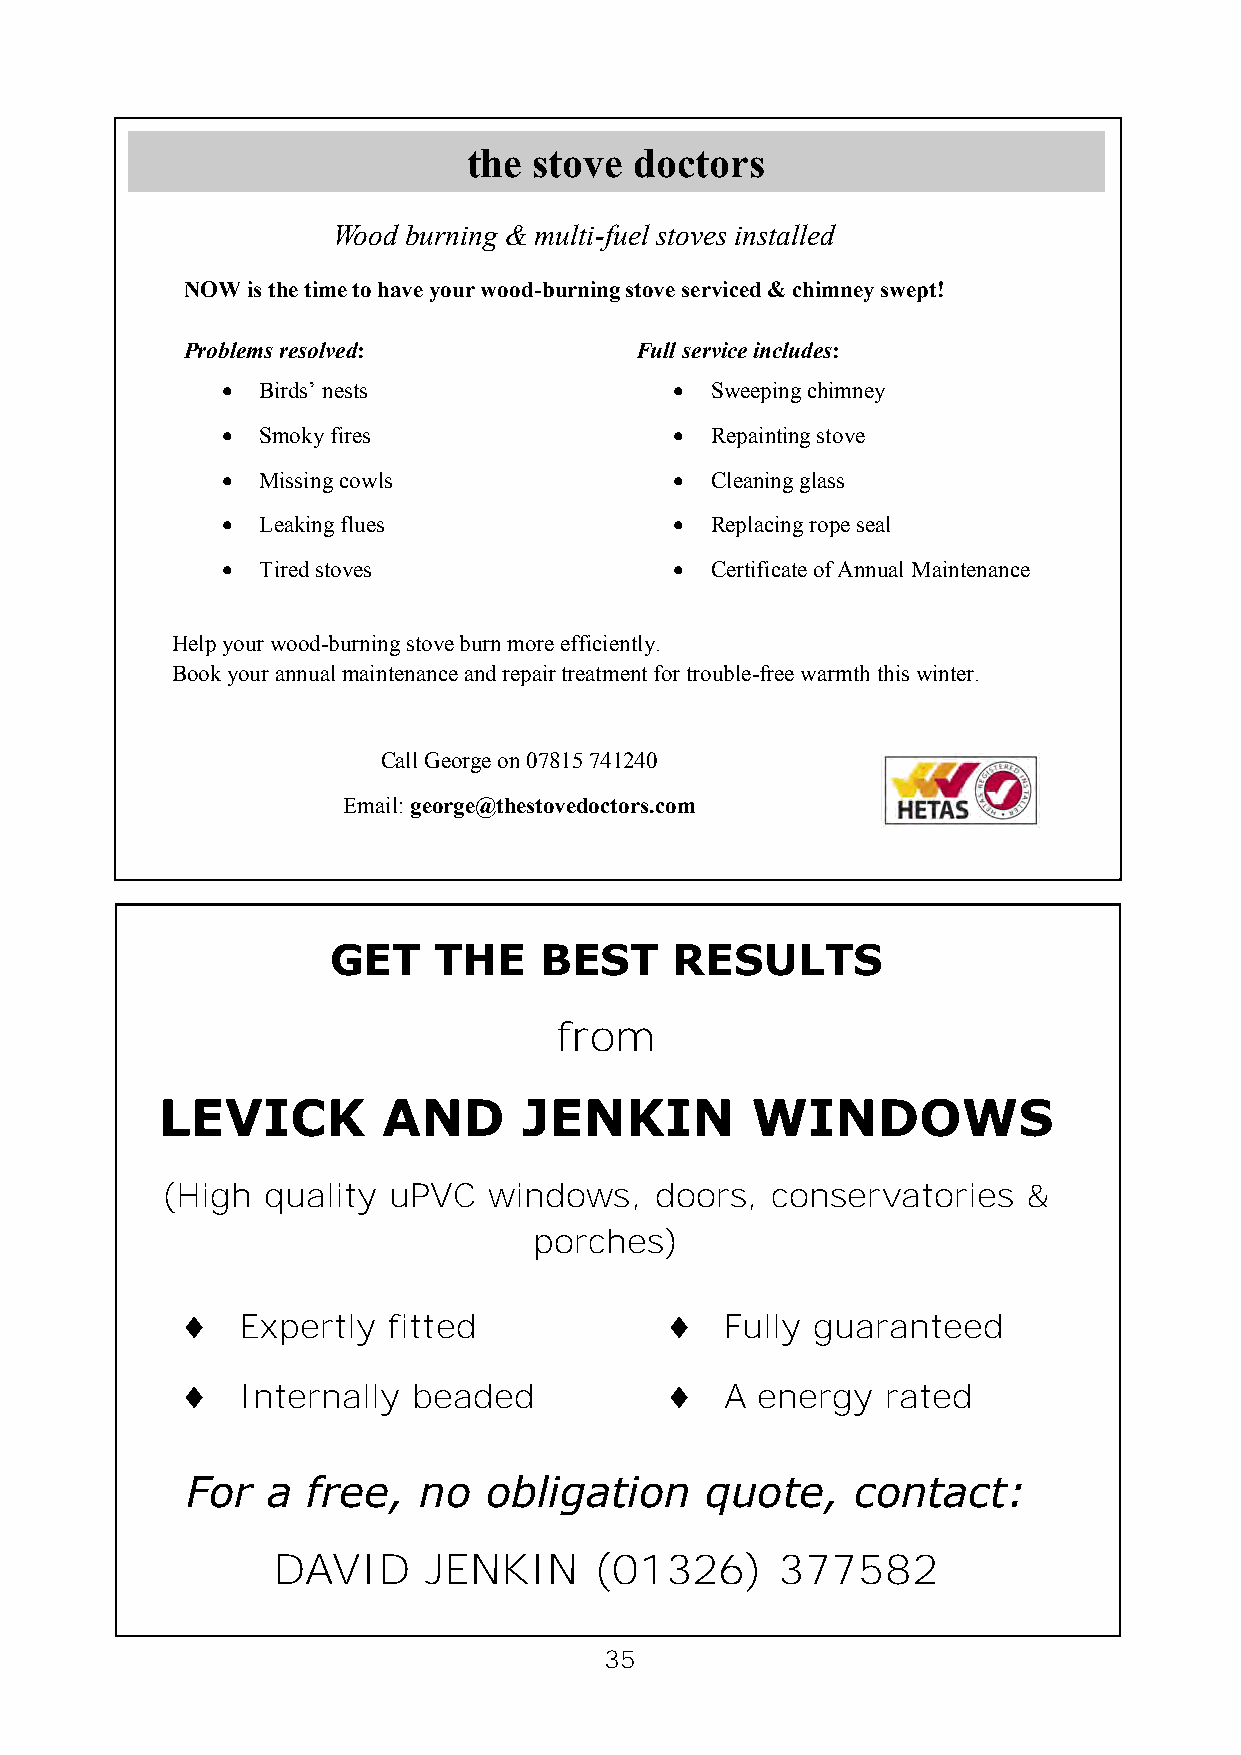
the stove  doctors
 Wood burning & multi-fuel stoves installed
 NOW is the time to have your wood-burning stove serviced & chimney swept!
 Problems resolved:            Full service includes:
  Birds’ nests                 Sweeping chimney
  Smoky fires                  Repainting stove
  Missing cowls                Cleaning glass
  Leaking flues                Replacing rope seal
  Tired stoves                 Certificate of Annual Maintenance
 Help your wood-burning stove burn more efficiently.
 Book your annual maintenance and repair treatment for trouble-free warmth this winter.
 Call George on 07815 741240
 Email: george@thestovedoctors.com
 GET    THE    BEST     RESULTS
 from
 LEVICK         AND       JENKIN         WINDOWS
 (High quality  uPVC  windows,   doors,  conservatories   &
 porches)
    Expertly  fitted               Fully guaranteed
    Internally beaded              A energy   rated
 For   a free,   no  obligation     quote,   contact:
 DAVID     JENKIN     (01326)      377582
 35